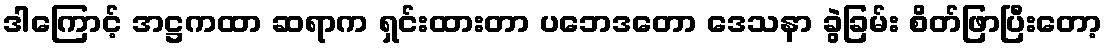
ဒါကြောင့် အဋ္ဌကထာ ဆရာက ရှင်းထားတာ ပဘေဒတော ဒေသနာ ခွဲခြမ်း စိတ်ဖြာပြီးတော့